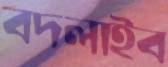
বদলাইব